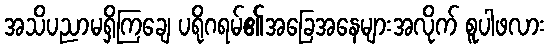
အသိပညာမရှိကြချေ ပရိုဂရမ်၏အခြေအနေများအလိုက် စူပါဖလား